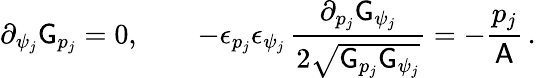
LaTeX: \partial_{\psi_{j}}\mathsf{G}_{p_{j}}=0,\qquad-\epsilon_{p_{j}}\epsilon_{\psi_{j}}\, \frac{\partial_{p_{j}}\mathsf{G}_{\psi_{j}}}{2\sqrt{\mathsf{G}_{p_{j}}\mathsf{G}_{\psi_{j}}}}=-\frac{p_{j}}{\mathsf{A}}\, .